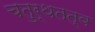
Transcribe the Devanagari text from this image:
चतुर्थतत्व